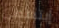
إبتسمي